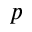
p